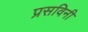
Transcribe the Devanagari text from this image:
प्रसविनी